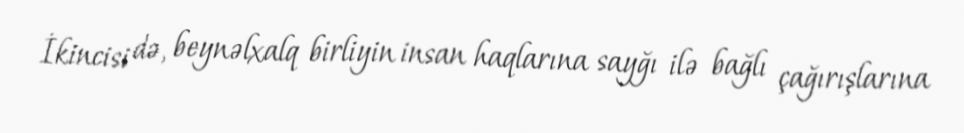
İkincisi də, beynəlxalq birliyin insan haqlarına sayğı ilə bağlı çağırışlarına